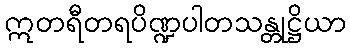
ဣတရီတရပိဏ္ဍပါတသန္တုဋ္ဌိယာ